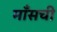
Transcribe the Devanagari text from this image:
माँसची